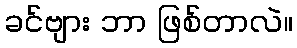
ခင်ဗျား ဘာ ဖြစ်တာလဲ။